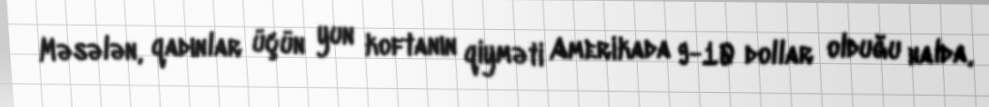
Məsələn, qadınlar üçün yun koftanın qiyməti Amerikada 9-10 dollar olduğu halda,